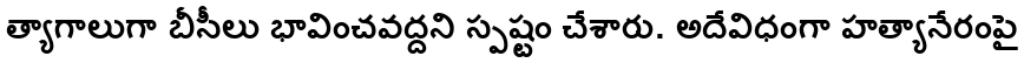
త్యాగాలుగా బీసీలు భావించవద్దని స్పష్టం చేశారు. అదేవిధంగా హత్యానేరంపై